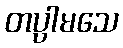
တပ္ပါမသေ